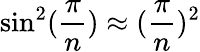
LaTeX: \sin^{2}(\frac{\pi}{n})\approx(\frac{\pi}{n})^{2}